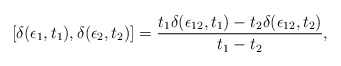
\begin{align*}[\delta (\epsilon_1, t_1), \delta (\epsilon_2, t_2)] = {t_1 \delta(\epsilon_{12}, t_1) - t_2 \delta (\epsilon_{12}, t_2)\over t_1 - t_2},\end{align*}